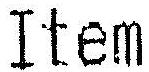
ITEM